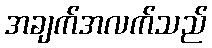
အချက်အလက်သည်